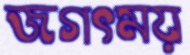
জগৎময়